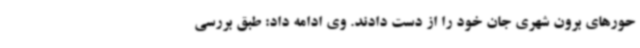
حورهای برون شهری جان خود را از دست دادند. وی ادامه داد: طبق بررسی